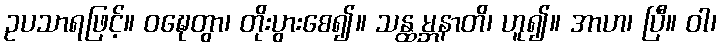
ဥပသာရဖြင့်။ ဝဍ္ဎေတွာ၊ တိုးပွားစေ၍။ သန္ထမ္ဘနာတိ၊ ဟူ၍။ အာဟ၊ ပြီ။ ဝါ၊